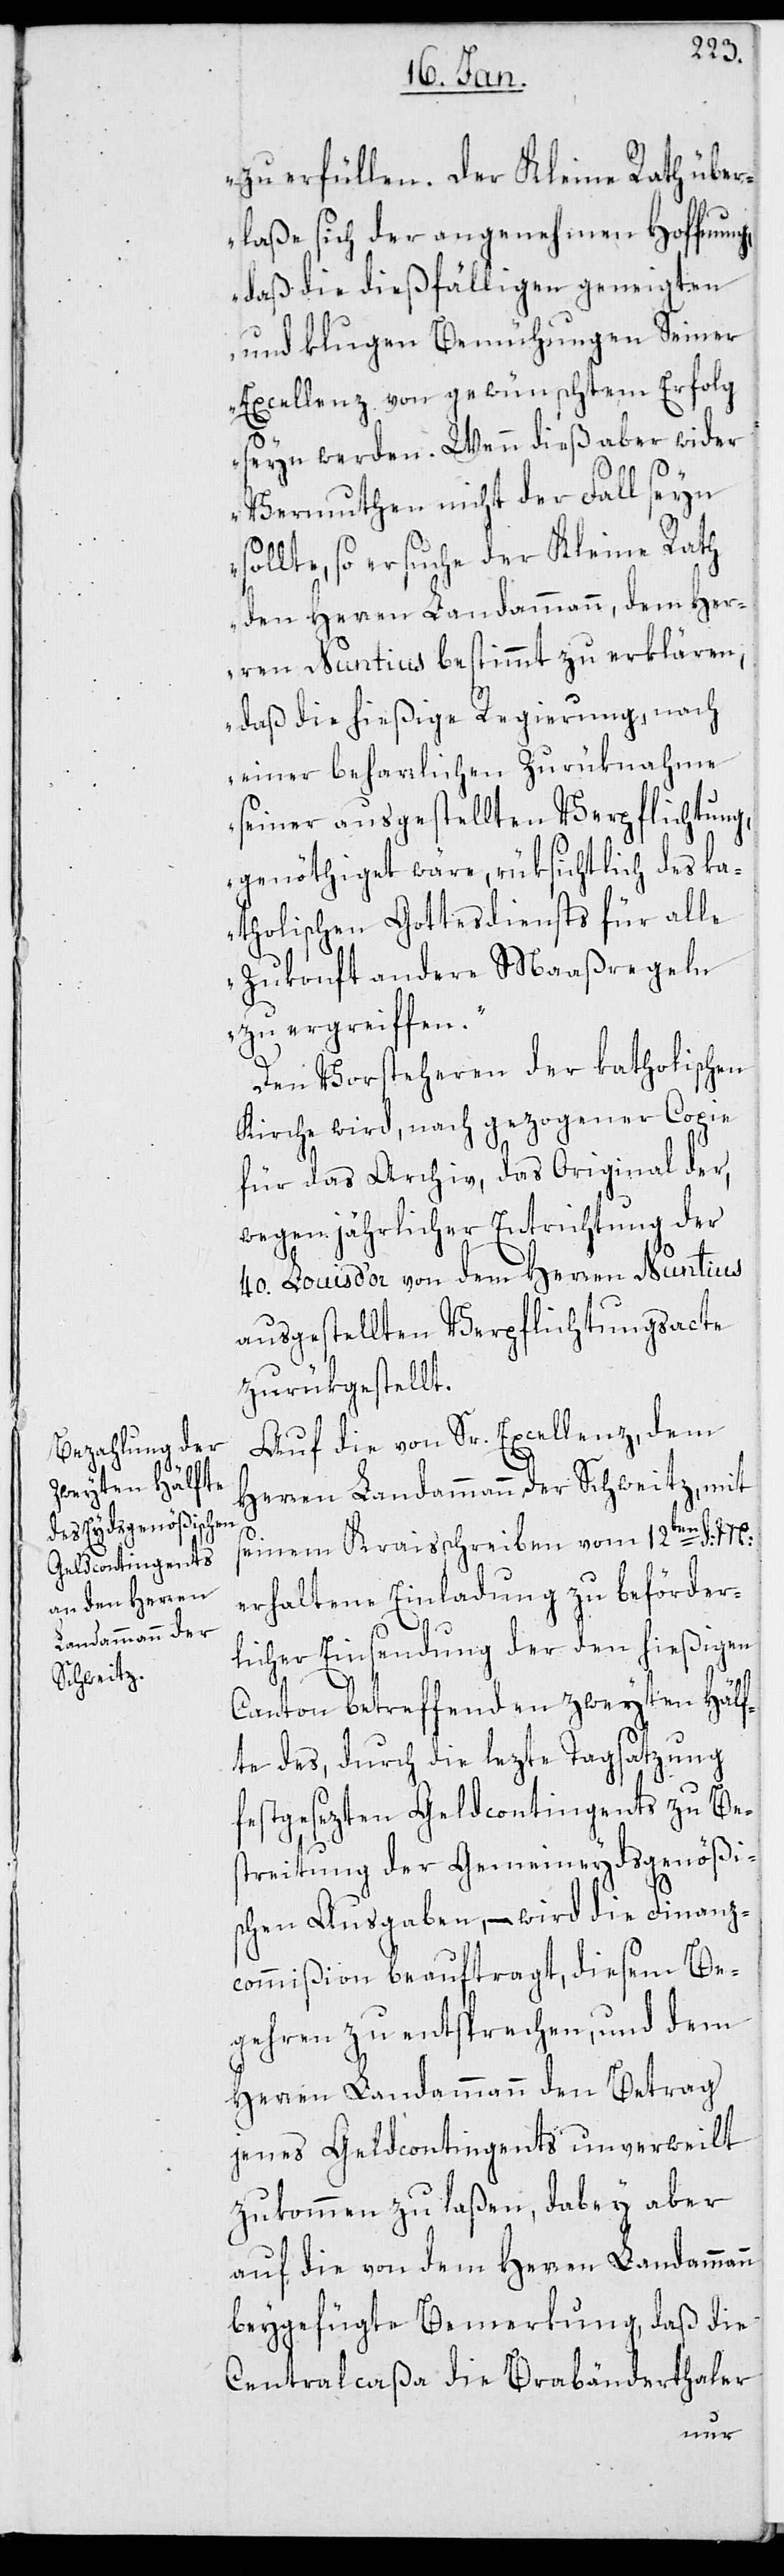
zu erfüllen. Der Kleine Rath über¬
laße sich der angenehmen Hoffnung,
daß die dießfälligen geneigten
und klugen Bemühungen Seiner
Excellenz von gewünschtem Erfolg
seyn werden. Wenn dieß aber wider
Vermuthen nicht der Fall seyn
sollte, so ersuche der Kleine Rath
den Herren Landammann, dem Her¬
ren Nuntius bestimmt zu erklären,
daß die hießige Regierung, nach
einer beharrlichen Zurüknahme
seiner ausgestellten Verpflichtung,
genöthiget wäre, rüksichtlich des ka¬
tholischen Gottesdiensts für alle
Zukonft andere Maaßregeln
zu ergreiffen.“
Den Vorsteheren der katholischen
Kirche wird, nach gezogener Copie
für das Archiv, das Original der,
wegen jährlicher Entrichtung der
40. Louis d’or von dem Herren Nuntius
ausgestellten Verpflichtungsacte
zurükgestellt.
Auf die von Sr. Excellenz, dem
Herren Landammann der Schweitz, mit
seinem Kraisschreiben vom 12ten d. M.
erhaltene Einladung zu beförder¬
licher Einsendung der den hießigen
Canton betreffenden zweyten Hälf¬
te des, durch die lezte Tagsatzung
festgesezte Geldcontingents zu Be¬
streitung der Gemeineydsgenößi¬
schen Ausgaben, – wird die Finanz¬
commißion beauftragt, diesem Be¬
gehren zu entsprechen, und dem
Herren Landammann den Betrag
jenes Geldcontingents unverweilt
zukommen zu laßen, dabey aber
auf die von dem Herren Landammann
beygefügte Bemerkung, daß die
Centralcaßa die Brabänderthaler